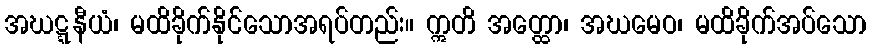
အဃဋ္ဋနီယံ၊ မထိခိုက်နိုင်သောအရပ်တည်း။ ဣတိ အတ္ထော၊ အဃမေဝ၊ မထိခိုက်အပ်သော